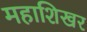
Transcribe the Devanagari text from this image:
महाशिखर